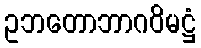
ဥဘတောဘာဂဝိမဋ္ဌံ